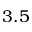
3 . 5